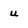
Character: u